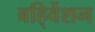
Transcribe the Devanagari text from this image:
बहि्र्वेशन